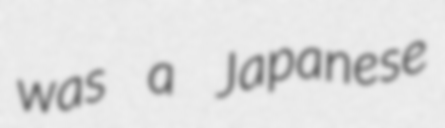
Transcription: was a Japanese